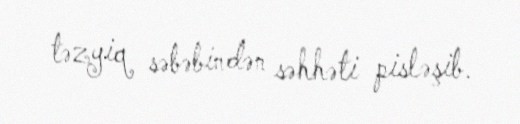
təzyiq səbəbindən səhhəti pisləşib.